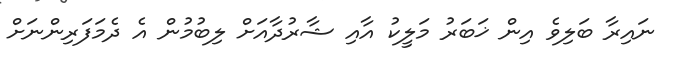
ނައިރާ ބަލިވެ އިން ޚަބަރު މަލީކު އާއި ޝާރުދާއަށް ލިބުމުން އެ ދެމަފަރިންނަށް